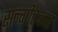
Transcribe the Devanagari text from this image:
सन्गीतकार